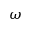
\omega